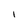
Character: i